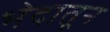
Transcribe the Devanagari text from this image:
भेदातून